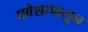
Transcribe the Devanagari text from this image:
प्रवेशापासून